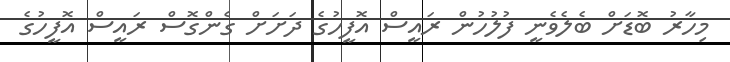
މިހާރު ބޮޑަށް ބެލެވެނީ ފުލުހުން ރައީސް އޮފީހުގެ ދަށަށް ގެންގޮސް ރައީސް އޮފީހުގެ